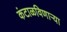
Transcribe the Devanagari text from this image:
कंटाळविणाऱ्या